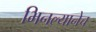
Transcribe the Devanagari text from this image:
भिनल्यानेच